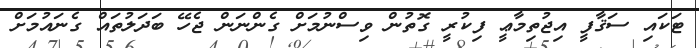
ޓަކައި ސަޤާފީ އިޖުތިމާޢީ ފިކުރީ ގޮތުން ވިސްނުމަށް ގެންނަން ޖެހޭ ބަދަލުތައް ގެނައުމަށް